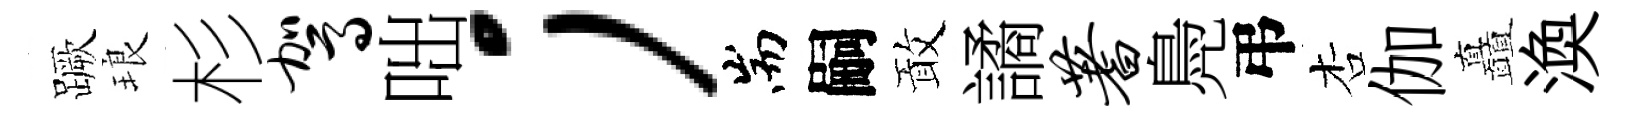
蹶琅杉驾咄；耑嗣敢譎蓍鳧弔杏伽矗渙